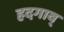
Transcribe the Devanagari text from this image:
हदगाव्